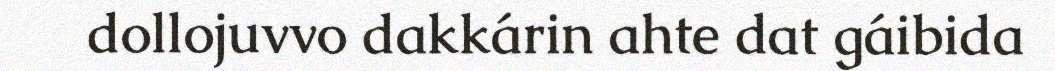
dollojuvvo dakkárin ahte dat gáibida